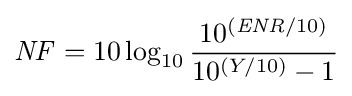
{\mathit {NF}}=10\log _{10}{\frac {10^{({\mathit {ENR}}/10)}}{10^{(Y/10)}-1}}